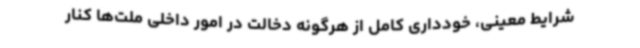
شرایط معینی، خودداری کامل از هرگونه دخالت در امور داخلی ملت‌ها کنار